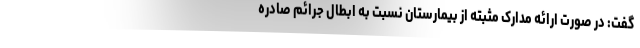
گفت: در صورت ارائه مدارک مثبته از بیمارستان نسبت به ابطال جرائم صادره